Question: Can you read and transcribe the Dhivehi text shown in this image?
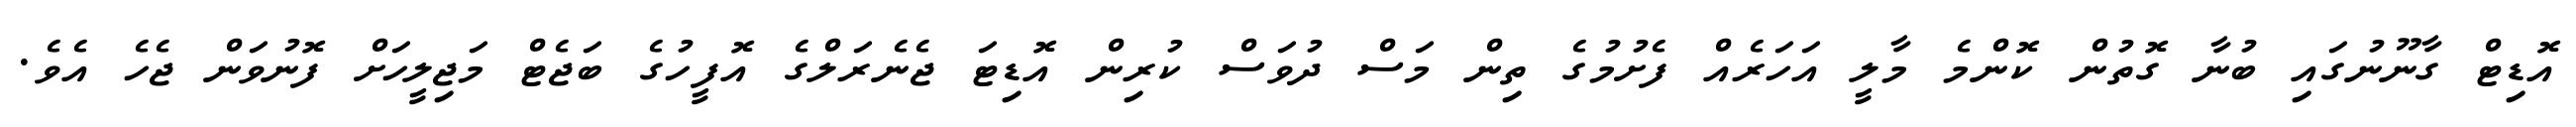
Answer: އޮޑިޓް ގާނޫނުގައި ބުނާ ގޮތުން ކޮންމެ މާލީ އަހަރެއް ފެށުމުގެ ތިން މަސް ދުވަސް ކުރިން އޮޑިޓަ ޖެނެރަލްގެ އޮފީހުގެ ބަޖެޓް މަޖިލީހަށް ފޮނުވަން ޖެހެ އެވެ.